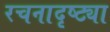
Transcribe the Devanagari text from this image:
रचनादृष्ट्या